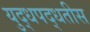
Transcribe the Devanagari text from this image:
युद्धपद्धतीस